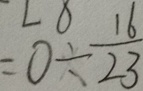
= 0 \div \frac { 1 6 } { 2 3 }